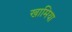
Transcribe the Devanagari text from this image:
खामिया